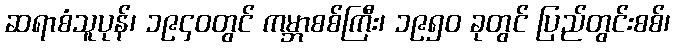
ဆရာစံသူပုန်၊ ၁၉၄၀တွင် ကမ္ဘာစစ်ကြီး၊ ၁၉၅၀ ခုတွင် ပြည်တွင်းစစ်၊